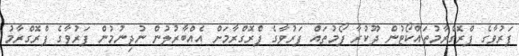
ފަރުވާގެ ޕްރޮގްރާމުތައްކޯޓުން ދޫކުރާ ފޯމުތައް ފަރުވާގެ ޕްރޮގްރާމަށް އެއްބާރުލުން ނުދިނުމުން ފަރުވާގެ ޕްރޮގްރާމު